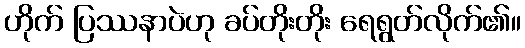
ဟိုက် ပြဿနာပဲဟု ခပ်တိုးတိုး ရေရွတ်လိုက်၏။